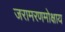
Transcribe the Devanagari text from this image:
जरामरणमोक्षाय